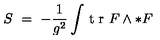
S \ = \ - \frac { 1 } { g ^ { 2 } } \int \! \textrm { t r } F \wedge * F